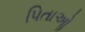
પિતાઓૢ